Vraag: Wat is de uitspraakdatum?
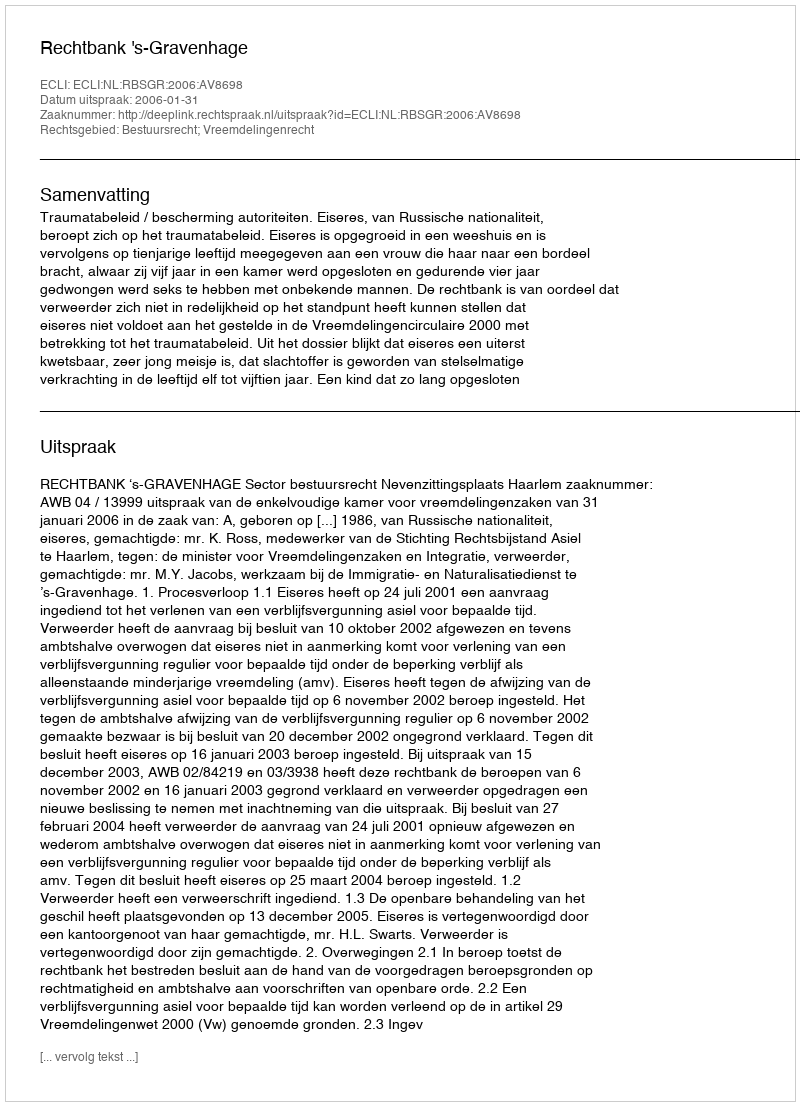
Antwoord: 2006-01-31